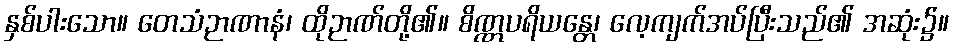
နှစ်ပါးသော။ တေသံဉာဏာနံ၊ ထိုဉာဏ်တို့၏။ စိဏ္ဏပရိယန္တေ၊ လေ့ကျက်အပ်ပြီးသည်၏ အဆုံး၌။